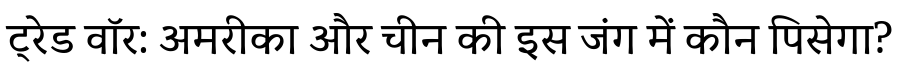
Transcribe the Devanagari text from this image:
ट्रेड वॉर: अमरीका और चीन की इस जंग में कौन पिसेगा?